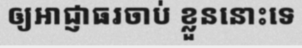
ឲ្យអាជ្ញាធរចាប់ ខ្លួននោះទេ